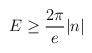
LaTeX: \begin{align*}E \geq \frac{2\pi}{e}\vert n \vert\end{align*}